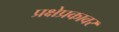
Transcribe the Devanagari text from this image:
प्रक्षेप्रकावर